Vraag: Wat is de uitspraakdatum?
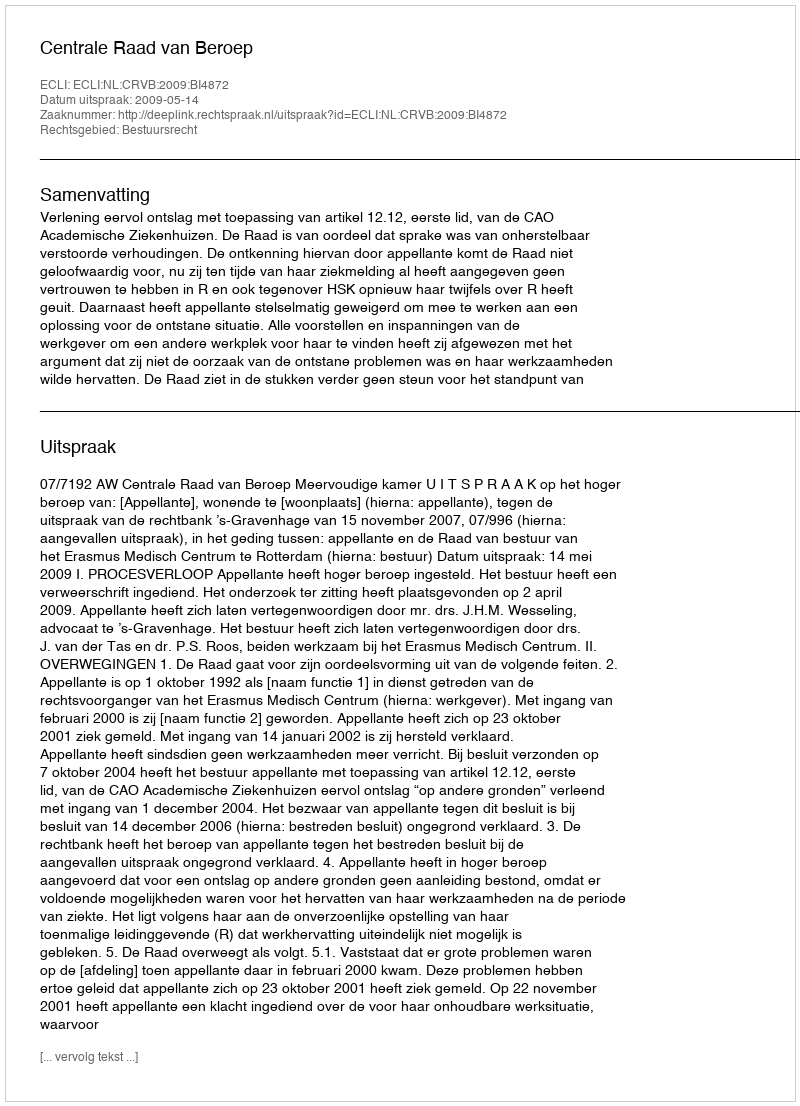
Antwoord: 2009-05-14